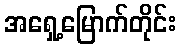
အရှေ့မြောက်တိုင်း